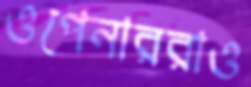
ওপেনাররাও